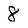
Character: 8